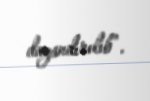
dayandırılıb”.